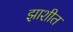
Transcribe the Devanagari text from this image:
झाशीत